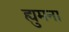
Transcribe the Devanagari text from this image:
ह्युमना